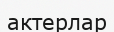
актерлар